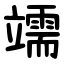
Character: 䇕